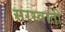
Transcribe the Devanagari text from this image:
सरस्वाती